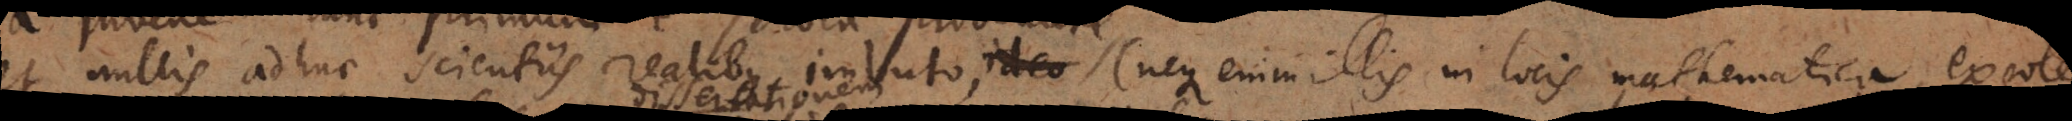
et nullis adhuc scientiis realibus imbuto, ideo (neque enim illis in locis mathematica excole